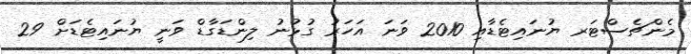
މެންޗެސްޓަރ ޔުނައިޓެޑާއި 2010 ވަނަ އަހަރު ގުޅުނު ލިންޑަގާޑް ވަނީ ޔުނައިޓެޑަށް 29